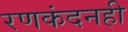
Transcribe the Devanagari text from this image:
रणकंदनही